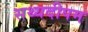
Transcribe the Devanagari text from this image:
सथ्यदीपम